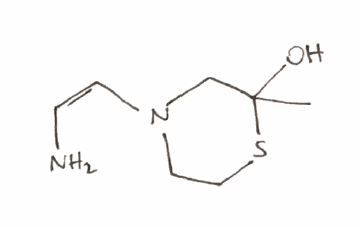
Simplified molecular-input line-entry system (SMILES) notation of the given molecule:
CC1(CN(CCS1)/C=C\N)O